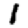
Digit: 1